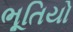
ભૂતિયો